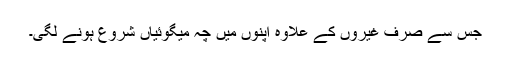
جس سے صرف غیروں کے علاوہ اپنوں میں چہ میگوئیاں شروع ہونے لگی۔